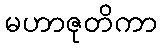
မဟာဇုတိကာ